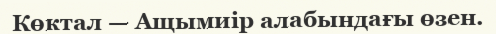
Көктал — Ащымиір алабындағы өзен.